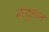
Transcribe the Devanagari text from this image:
कंगुताल